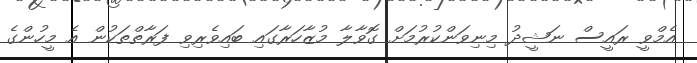
އެމްވީ ރައީސް ނަޝީދު މިނިވަންކުރުމަށް ގޮވާލާ މުޒާހަރާގައި ބައިވެރިވި ފަރާތްތަކުން އެ މީހުންގެ